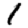
Digit: 1